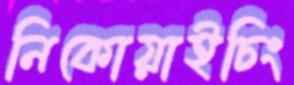
নিকোয়াইচিং